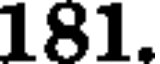
181.